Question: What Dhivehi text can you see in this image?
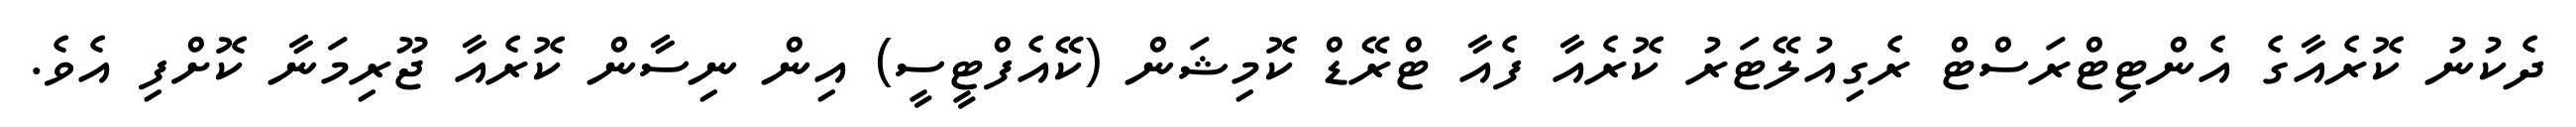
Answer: ދެކުނު ކޮރެއާގެ އެންޓިޓްރަސްޓް ރެގިއުލޭޓަރު ކޮރެއާ ފެއާ ޓްރޭޑް ކޮމިޝަން (ކޭއެފްޓީސީ) އިން ނިސާން ކޮރެއާ ޖޫރިމަނާ ކޮށްފި އެވެ.